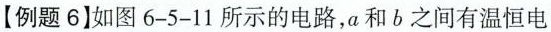
【例题6】如图6-5-11所示的电路，a和b之间有温恒电